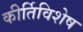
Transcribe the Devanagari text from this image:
कीर्तिविशेष